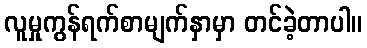
လူမှုကွန်ရက်စာမျက်နှာမှာ တင်ခဲ့တာပါ။